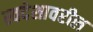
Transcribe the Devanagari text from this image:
स्वदेशावरील